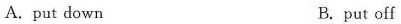
A.put down B.paut off